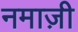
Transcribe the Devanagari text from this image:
नमाज़ी